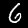
Label: 6